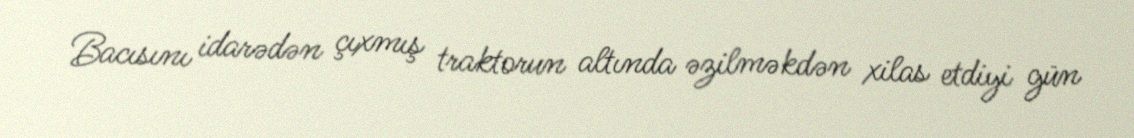
Bacısını idarədən çıxmış traktorun altında əzilməkdən xilas etdiyi gün